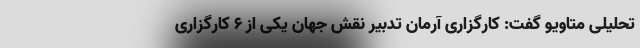
تحلیلی متاویو گفت: کارگزاری آرمان تدبیر نقش جهان یکی از 6 کارگزاری